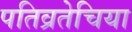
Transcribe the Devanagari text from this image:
पतिव्रतेचिया